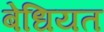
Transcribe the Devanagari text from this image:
बेधियत